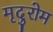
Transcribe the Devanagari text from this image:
मृदुरोम